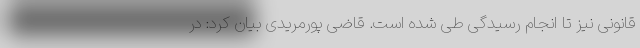
قانونی نیز تا انجام رسیدگی طی شده است. قاضی پورمریدی بیان کرد: در